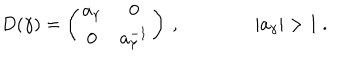
LaTeX: D ( \gamma ) = \left( \begin{array} { c c } { { a _ { \gamma } } } & { { 0 } } \\ { { 0 } } & { { a _ { \gamma } ^ { - 1 } } } \\ \end{array} \right) \: , \qquad \qquad | a _ { \gamma } | > 1 \: .